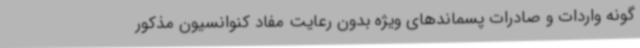
گونه واردات و صادرات پسماندهای ویژه بدون رعایت مفاد کنوانسیون مذکور